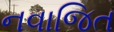
નવાજિત